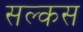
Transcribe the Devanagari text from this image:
सल्कस